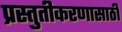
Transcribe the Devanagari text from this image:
प्रस्तुतीकरणासाठी